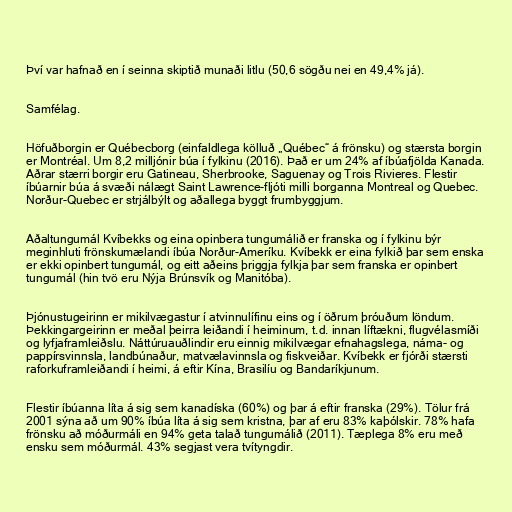
Því var hafnað en í seinna skiptið munaði litlu (50,6 sögðu nei en 49,4% já).

Samfélag.

Höfuðborgin er Québecborg (einfaldlega kölluð „Québec“ á frönsku) og stærsta borgin
er Montréal. Um 8,2 milljónir búa í fylkinu (2016). Það er um 24% af íbúafjölda Kanada.
Aðrar stærri borgir eru Gatineau, Sherbrooke, Saguenay og Trois Rivieres. Flestir
íbúarnir búa á svæði nálægt Saint Lawrence-fljóti milli borganna Montreal og Quebec.
Norður-Quebec er strjálbýlt og aðallega byggt frumbyggjum.

Aðaltungumál Kvíbekks og eina opinbera tungumálið er franska og í fylkinu býr
meginhluti frönskumælandi íbúa Norður-Ameríku. Kvíbekk er eina fylkið þar sem enska
er ekki opinbert tungumál, og eitt aðeins þriggja fylkja þar sem franska er opinbert
tungumál (hin tvö eru Nýja Brúnsvík og Manitóba).

Þjónustugeirinn er mikilvægastur í atvinnulífinu eins og í öðrum þróuðum löndum.
Þekkingargeirinn er meðal þeirra leiðandi í heiminum, t.d. innan líftækni, flugvélasmíði
og lyfjaframleiðslu. Náttúruauðlindir eru einnig mikilvægar efnahagslega, náma- og
pappírsvinnsla, landbúnaður, matvælavinnsla og fiskveiðar. Kvíbekk er fjórði stærsti
raforkuframleiðandi í heimi, á eftir Kína, Brasilíu og Bandaríkjunum.

Flestir íbúanna líta á sig sem kanadíska (60%) og þar á eftir franska (29%). Tölur frá
2001 sýna að um 90% íbúa líta á sig sem kristna, þar af eru 83% kaþólskir. 78% hafa
frönsku að móðurmáli en 94% geta talað tungumálið (2011). Tæplega 8% eru með
ensku sem móðurmál. 43% segjast vera tvítyngdir.